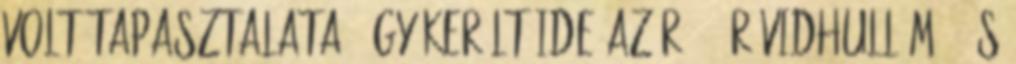
volt tapasztalata. így került ide az R-104 rövidhullámú, és